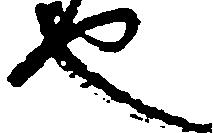
也